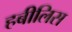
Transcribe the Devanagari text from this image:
हबीलिस